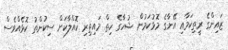
ޒައިންގެ ރީތިކަމާއި އޭނާގެ މޮޅުކަމުން ޝުހާގެ ހިތް މައިތިރި ކޮއްލާކަށް ސިކުންތު ކޮޅެއްވެސް